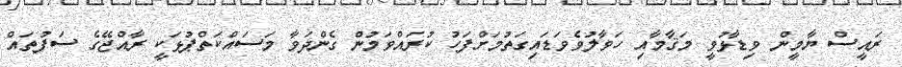
ރައީސް ޔާމީން ވިޑާޅުވީ މަޤާމާއި ހަވާލުވެވަޑައިގަތުމަށްފަހު ކުރައްވަމުން ގެންދަވާ މަސައްކަތްޕުޅަކީ ރާއްޖޭގެ ސަފުތައް